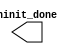
module user_rst_clkgate_0 (
		output wire  ninit_done  // ninit_done.ninit_done
	);
endmodule